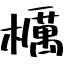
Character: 櫔